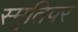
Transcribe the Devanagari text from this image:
स्मृतिपर